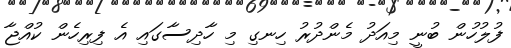
ފުލުހުން ބުނީ މިއަދު މެންދުރު ހިނގި މި ހާދިސާގައި އެ ފިރިހެން ކުއްޖާ